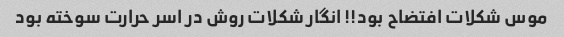
موس شکلات افتضاح بود!! انگار شکلات روش در اسر حرارت سوخته بود